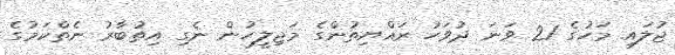
ޖުލައި މަހުގެ 21 ވަނަ ދުވަހު ރައްޔިތުންގެ މަޖިލީހުން ނެގި އިތުބާރު ނެތްކަމުގެ